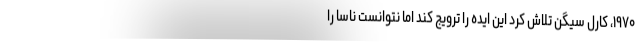
۱۹۷۰، کارل سیگن تلاش کرد این ایده را ترویج کند اما نتوانست ناسا را